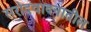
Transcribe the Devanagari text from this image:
सरोदवादनातील